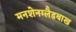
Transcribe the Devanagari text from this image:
मनशेनग्लैडबाख